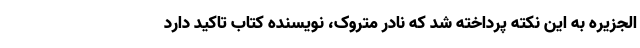
الجزیره به این نکته پرداخته شد که نادر متروک، نویسنده کتاب تاکید دارد